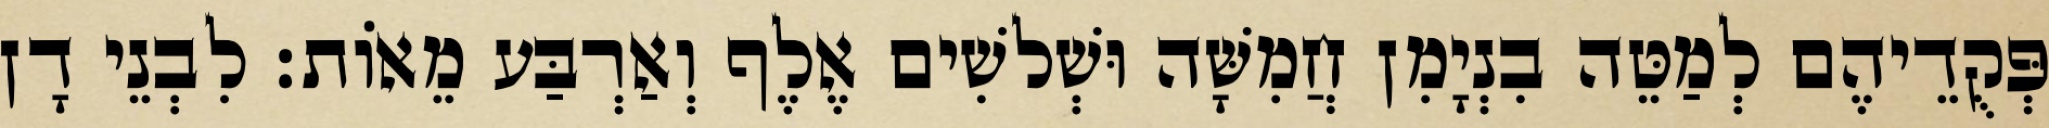
פְּקֻדֵיהֶם לְמַטֵּה בִנְיָמִן חֲמִשָּׁה וּשְׁלשִׁים אֶלֶף וְאַרְבַּע מֵאוֹת׃ לִבְנֵי דָן